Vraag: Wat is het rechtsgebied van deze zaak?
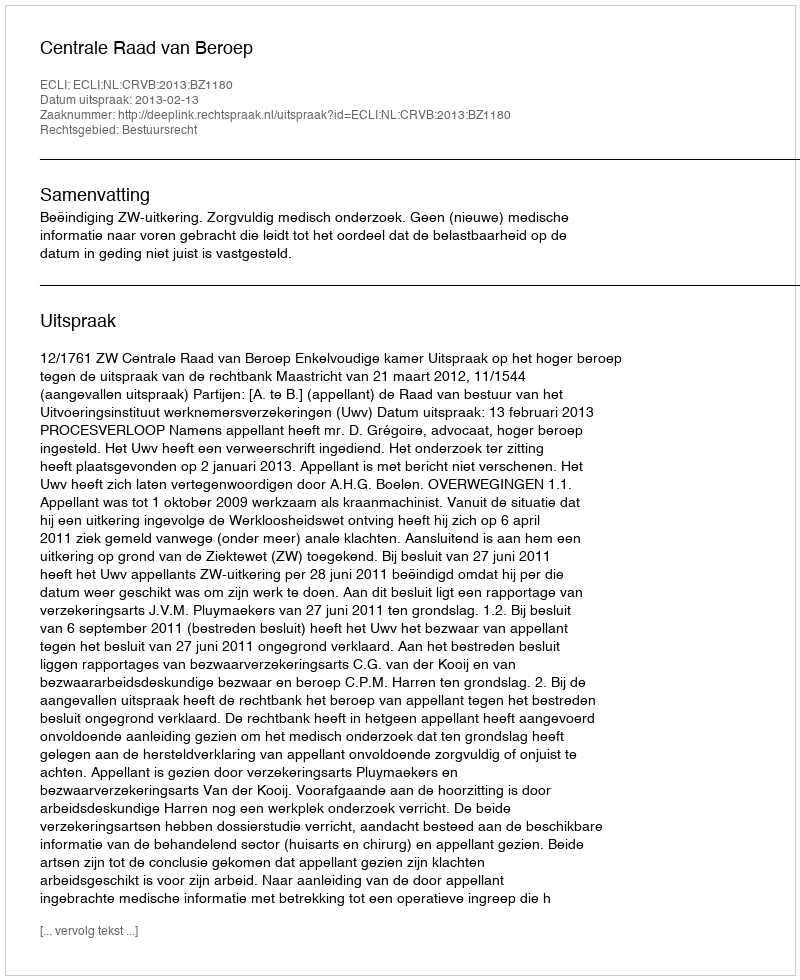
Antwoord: Bestuursrecht